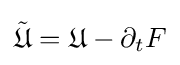
{\tilde {\mathfrak {U}}}={\mathfrak {U}}-\partial _{t}F